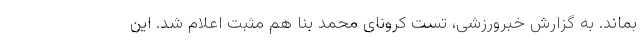
بماند. به گزارش خبرورزشی، تست کرونای محمد بنا هم مثبت اعلام شد. این